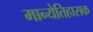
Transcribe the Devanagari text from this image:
मान्येतिहासक